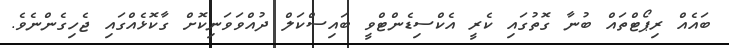
ބައެއް ރިޕޯޓްތައް ބުނާ ގޮތުގައި ކެރީ އެކްސިޑެންޓްވީ ބައިސްކަލް ދުއްވަވަނިކޮށް ގާކޮޅެއްގައި ޖެހިގެންނެވެ.